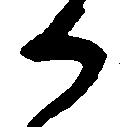
か